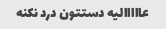
عااااالیه دستتون درد نکنه